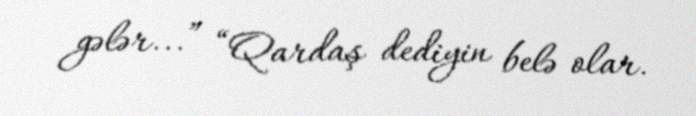
gələr...” “Qardaş dediyin belə olar.